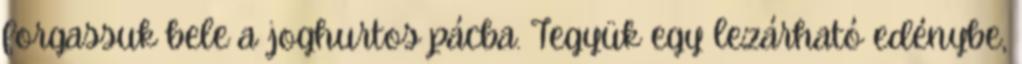
forgassuk bele a joghurtos pácba. Tegyük egy lezárható edénybe,